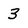
Character: 3